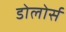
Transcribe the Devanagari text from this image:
डोलोर्स